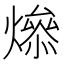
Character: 𤏟